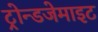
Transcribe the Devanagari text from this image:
ट्रोन्डजेमाइट